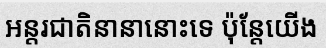
អន្តរជាតិនានានោះទេ ប៉ុន្តែយើង